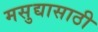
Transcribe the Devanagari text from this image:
मसुद्यासाठी